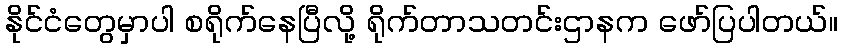
နိုင်ငံတွေမှာပါ စရိုက်နေပြီလို့ ရိုက်တာသတင်းဌာနက ဖော်ပြပါတယ်။